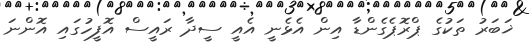
ޚަބަރު ތަކުގެ ޕްރޮޕެގެންޑާ އިން އެެޅެނީ އެއީ ސީދާ ރައީސް އޮފީހުގައި އޮންނަ